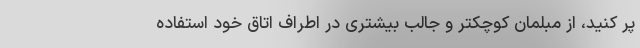
پر کنید، از مبلمان کوچکتر و جالب بیشتری در اطراف اتاق خود استفاده